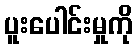
ပူးပေါင်းမှုကို